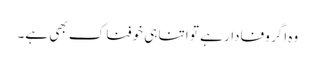
وہ اگر وفادار ہے تو اتنا ہی خوفناک بھی ہے۔